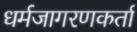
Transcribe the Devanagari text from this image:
धर्मजागरणकर्ता